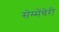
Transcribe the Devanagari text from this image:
सेम्मेंचेरी